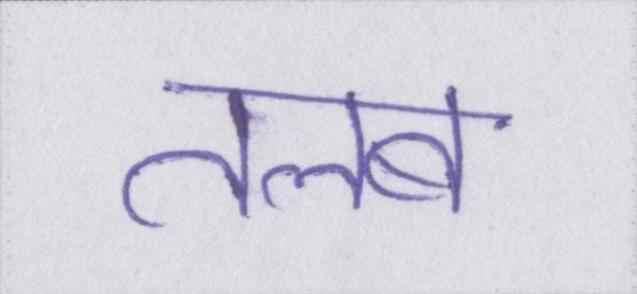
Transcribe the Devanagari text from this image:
तलब